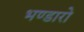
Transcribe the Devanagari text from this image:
भण्डारो